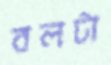
বলটা